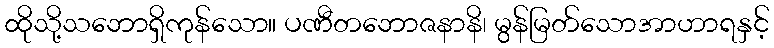
ထိုသို့သဘောရှိကုန်သော။ ပဏီတဘောဇနာနိ၊ မွန်မြတ်သောအာဟာရနှင့်